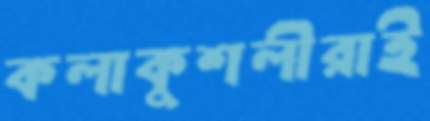
কলাকুশলীরাই